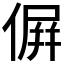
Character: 𠌸